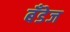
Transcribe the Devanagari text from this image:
बँडेज